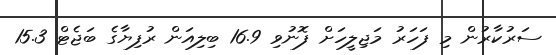
ސަރުކާރުން މި ފަހަރު މަޖިލީހަށް ފޮނުވި 16.9 ބިލިއަން ރުފިޔާގެ ބަޖެޓް 15.3